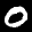
Label: 0